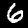
Label: 6